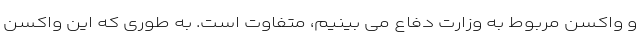
و واکسن مربوط به وزارت دفاع می بینیم، متفاوت است. به طوری که این واکسن